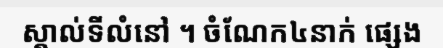
ស្គាល់ទីលំនៅ ។ ចំណែក៤នាក់ ផ្សេង